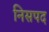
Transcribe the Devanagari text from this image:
निसपद